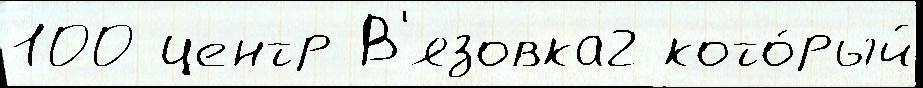
100 центр В'язовка2 кото́рый